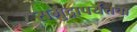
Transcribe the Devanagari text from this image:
समुद्रापर्यंतचा